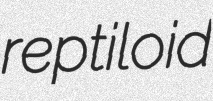
reptiloid